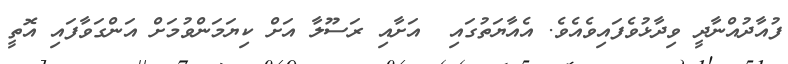
ފުއާދުއްނާދީ ވިދާޅުވެފައިވެއެވެ. އެއާޔަތުގައި  އަށާއި ރަސޫލާ އަށް ކިޔަމަންވުމަށް އަންގަވާފައި އޮތީ